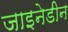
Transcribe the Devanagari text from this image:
जाइनेडीन